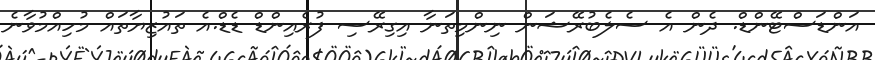
އަންޑަސްޓޭންޑް. ދެން އެ ސެލެބުރޭޝަން ނިންމިތަނާ އިގިރޭސި ފުރެއިންޑް ޑެޑް.އެ ތައުޒިޔާތައް މުހިއްމުވާނެ